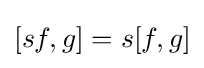
[sf,g]=s[f,g]